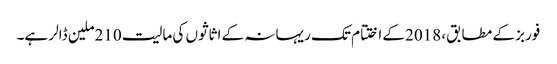
فوربز کے مطابق، 2018کے اختتام تک ریہانہ کے اثاثوں کی مالیت 210ملین ڈالر ہے۔